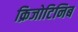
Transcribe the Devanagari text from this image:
क्रिजोटिनिब